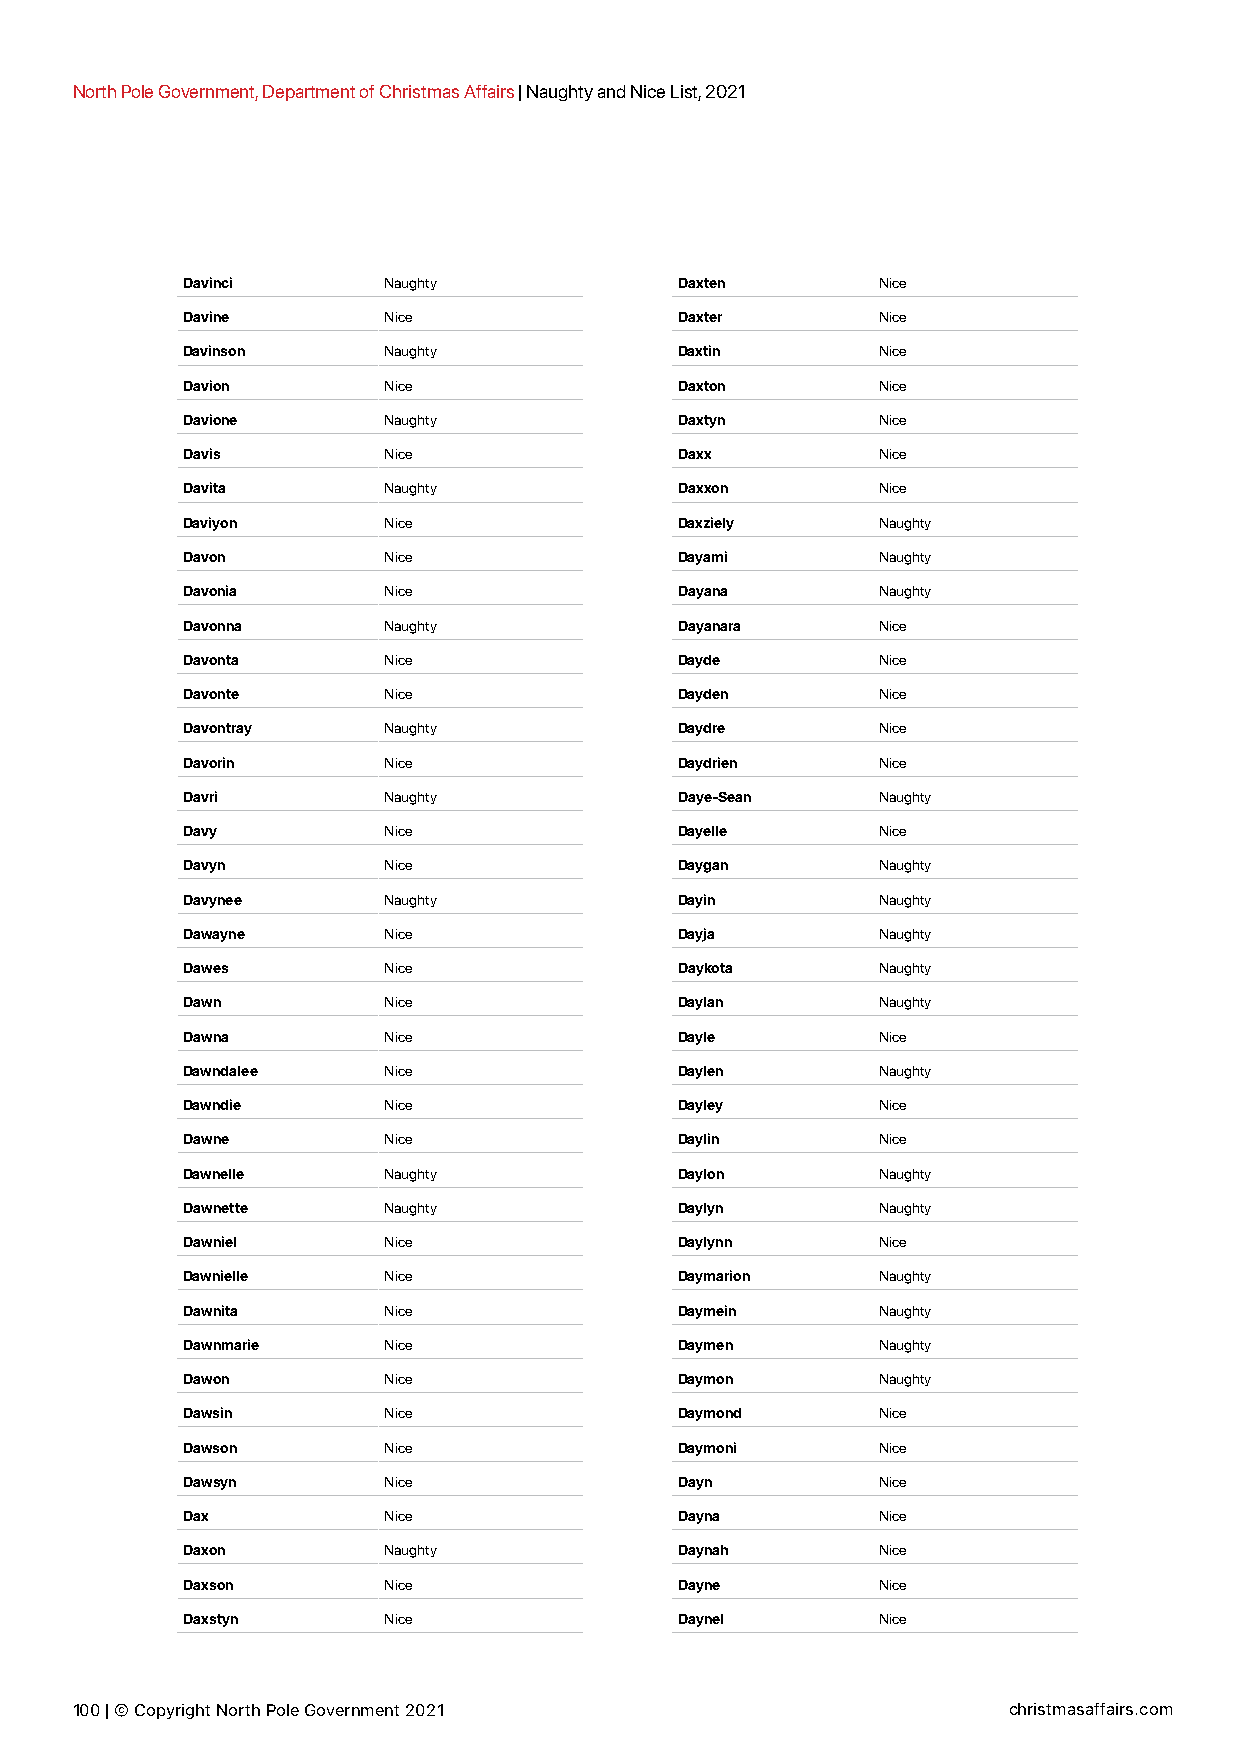
North Pole Government, Department of Christmas Affairs | Naughty and Nice List, 2021
 Davinci      Naughty             Daxten       Nice
 Davine       Nice                Daxter       Nice
 Davinson     Naughty             Daxtin       Nice
 Davion       Nice                Daxton       Nice
 Davione      Naughty             Daxtyn       Nice
 Davis        Nice                Daxx         Nice
 Davita       Naughty             Daxxon       Nice
 Daviyon      Nice                Daxziely     Naughty
 Davon        Nice                Dayami       Naughty
 Davonia      Nice                Dayana       Naughty
 Davonna      Naughty             Dayanara     Nice
 Davonta      Nice                Dayde        Nice
 Davonte      Nice                Dayden       Nice
 Davontray    Naughty             Daydre       Nice
 Davorin      Nice                Daydrien     Nice
 Davri        Naughty             Daye-Sean    Naughty
 Davy         Nice                Dayelle      Nice
 Davyn        Nice                Daygan       Naughty
 Davynee      Naughty             Dayin        Naughty
 Dawayne      Nice                Dayja        Naughty
 Dawes        Nice                Daykota      Naughty
 Dawn         Nice                Daylan       Naughty
 Dawna        Nice                Dayle        Nice
 Dawndalee    Nice                Daylen       Naughty
 Dawndie      Nice                Dayley       Nice
 Dawne        Nice                Daylin       Nice
 Dawnelle     Naughty             Daylon       Naughty
 Dawnette     Naughty             Daylyn       Naughty
 Dawniel      Nice                Daylynn      Nice
 Dawnielle    Nice                Daymarion    Naughty
 Dawnita      Nice                Daymein      Naughty
 Dawnmarie    Nice                Daymen       Naughty
 Dawon        Nice                Daymon       Naughty
 Dawsin       Nice                Daymond      Nice
 Dawson       Nice                Daymoni      Nice
 Dawsyn       Nice                Dayn         Nice
 Dax          Nice                Dayna        Nice
 Daxon        Naughty             Daynah       Nice
 Daxson       Nice                Dayne        Nice
 Daxstyn      Nice                Daynel       Nice
 100 | © Copyright North Pole Government 2021                  christmasaffairs.com